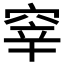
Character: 𱷀